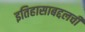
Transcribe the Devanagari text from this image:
इतिहासाबद्दलची